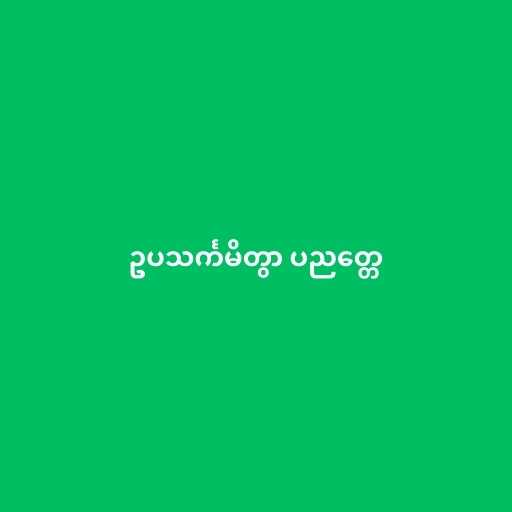
ဥပသင်္ကမိတွာ ပညတ္တေ